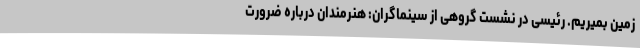
زمین بمیریم. رئيسی در نشست گروهی از سینماگران: هنرمندان درباره ضرورت